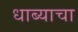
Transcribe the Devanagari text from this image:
धाब्याचा